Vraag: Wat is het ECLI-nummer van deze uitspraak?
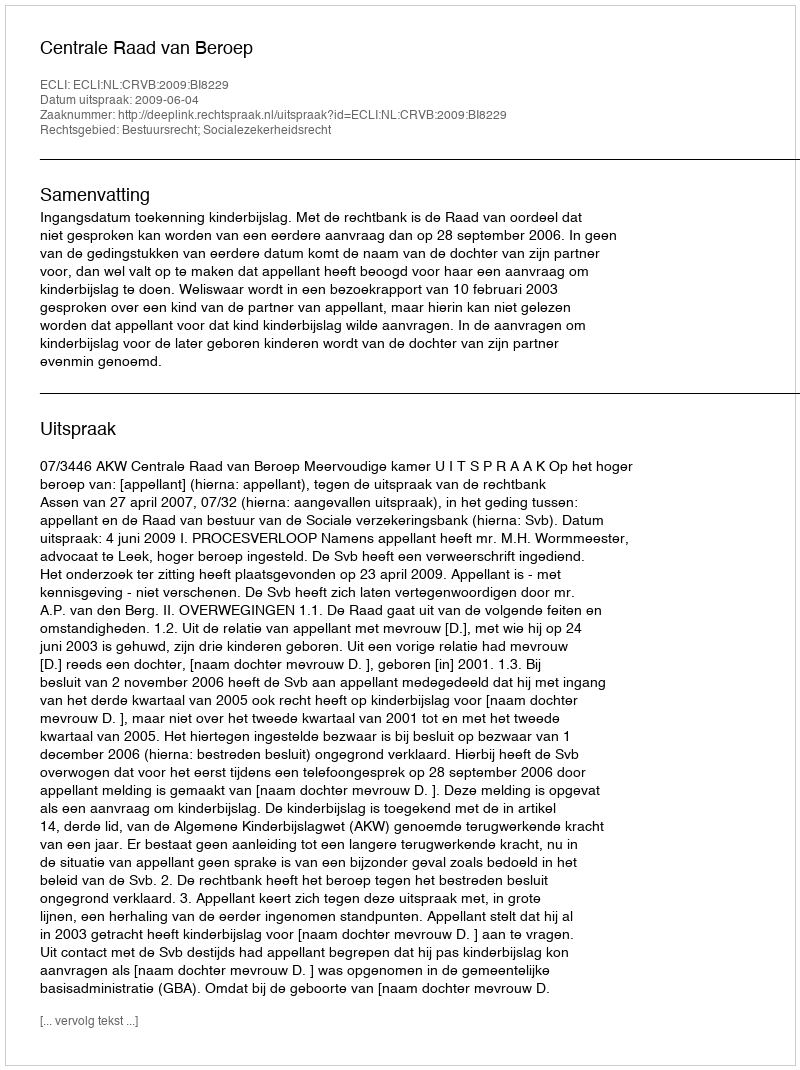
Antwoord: ECLI:NL:CRVB:2009:BI8229